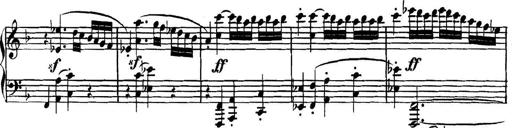
Title: Collected Piano Sonatas
Composer: Muzio Clementi